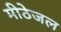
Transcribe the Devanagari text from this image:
मीठेजल